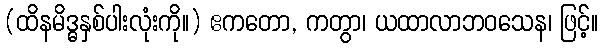
(ထိနမိဒ္ဓနှစ်ပါးလုံးကို။) ဧကတော, ကတွာ၊ ယထာလာဘဝသေန၊ ဖြင့်။